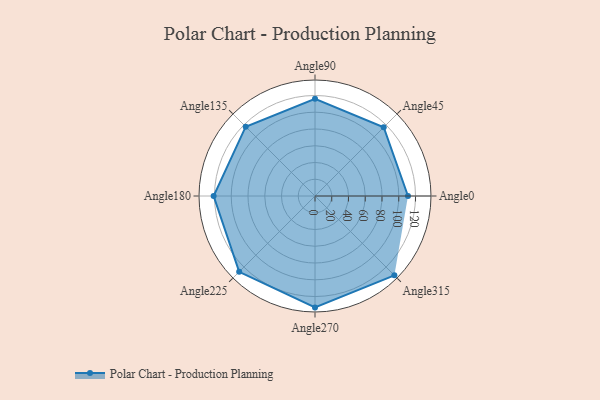
{"axis": {"x": "Angle", "y": "Radius"}, "legend": [""], "data": [{"x": "Angle0", "y": 111.0, "type": ""}, {"x": "Angle45", "y": 116.0, "type": ""}, {"x": "Angle90", "y": 116.0, "type": ""}, {"x": "Angle135", "y": 117.0, "type": ""}, {"x": "Angle180", "y": 121.0, "type": ""}, {"x": "Angle225", "y": 128.0, "type": ""}, {"x": "Angle270", "y": 133.0, "type": ""}, {"x": "Angle315", "y": 134.0, "type": ""}]}